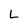
Character: L